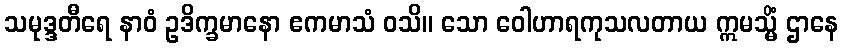
သမုဒ္ဒတီရေ နာဝံ ဥဒိက္ခမာနော ဧကမာသံ ဝသိ။ သော ဝေါဟာရကုသလတာယ ဣမသ္မိံ ဌာနေ